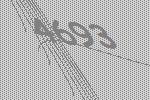
4693